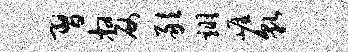
习嫠敢翊崖貌